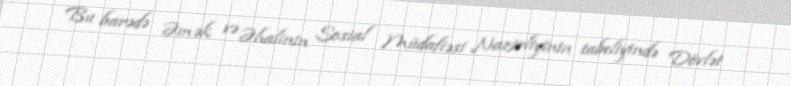
Bu barədə Əmək və Əhalinin Sosial Müdafiəsi Nazirliyinin tabeliyində Dövlət